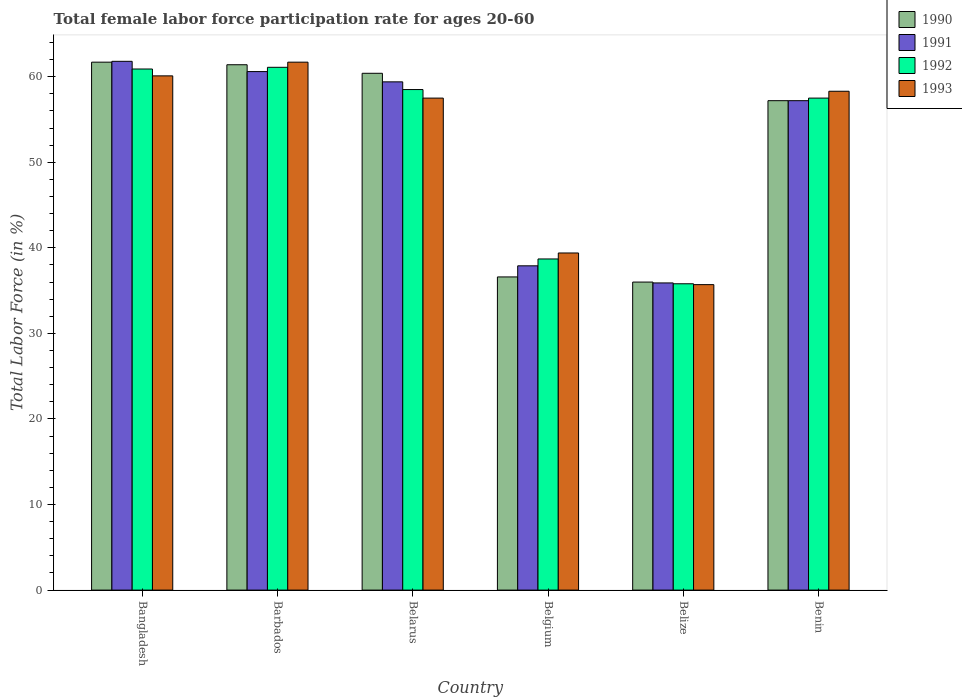
| Country | 1990 | 1991 | 1992 | 1993 |
 | --- | --- | --- | --- | --- |
 | Bangladesh | 61.7 | 61.8 | 60.9 | 60.1 |
 | Barbados | 61.4 | 60.6 | 61.1 | 61.7 |
 | Belarus | 60.4 | 59.4 | 58.5 | 57.5 |
 | Belgium | 36.6 | 37.9 | 38.7 | 39.4 |
 | Belize | 36 | 35.9 | 35.8 | 35.7 |
 | Benin | 57.2 | 57.2 | 57.5 | 58.3 |